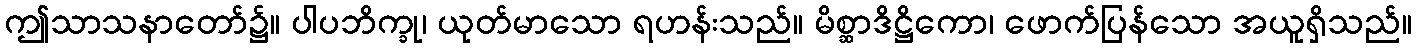
ဤသာသနာတော်၌။ ပါပဘိက္ခု၊ ယုတ်မာသော ရဟန်းသည်။ မိစ္ဆာဒိဋ္ဌိကော၊ ဖောက်ပြန်သော အယူရှိသည်။